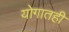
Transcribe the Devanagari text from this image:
योगातही